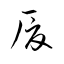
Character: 厦